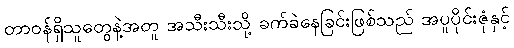
တာဝန်ရှိသူတွေနဲ့အတူ အသီးသီးသို့ ခက်ခဲနေခြင်းဖြစ်သည် အပူပိုင်းဇုံနှင့်